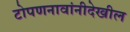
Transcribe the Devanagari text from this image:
टोपणनावांनीदेखील